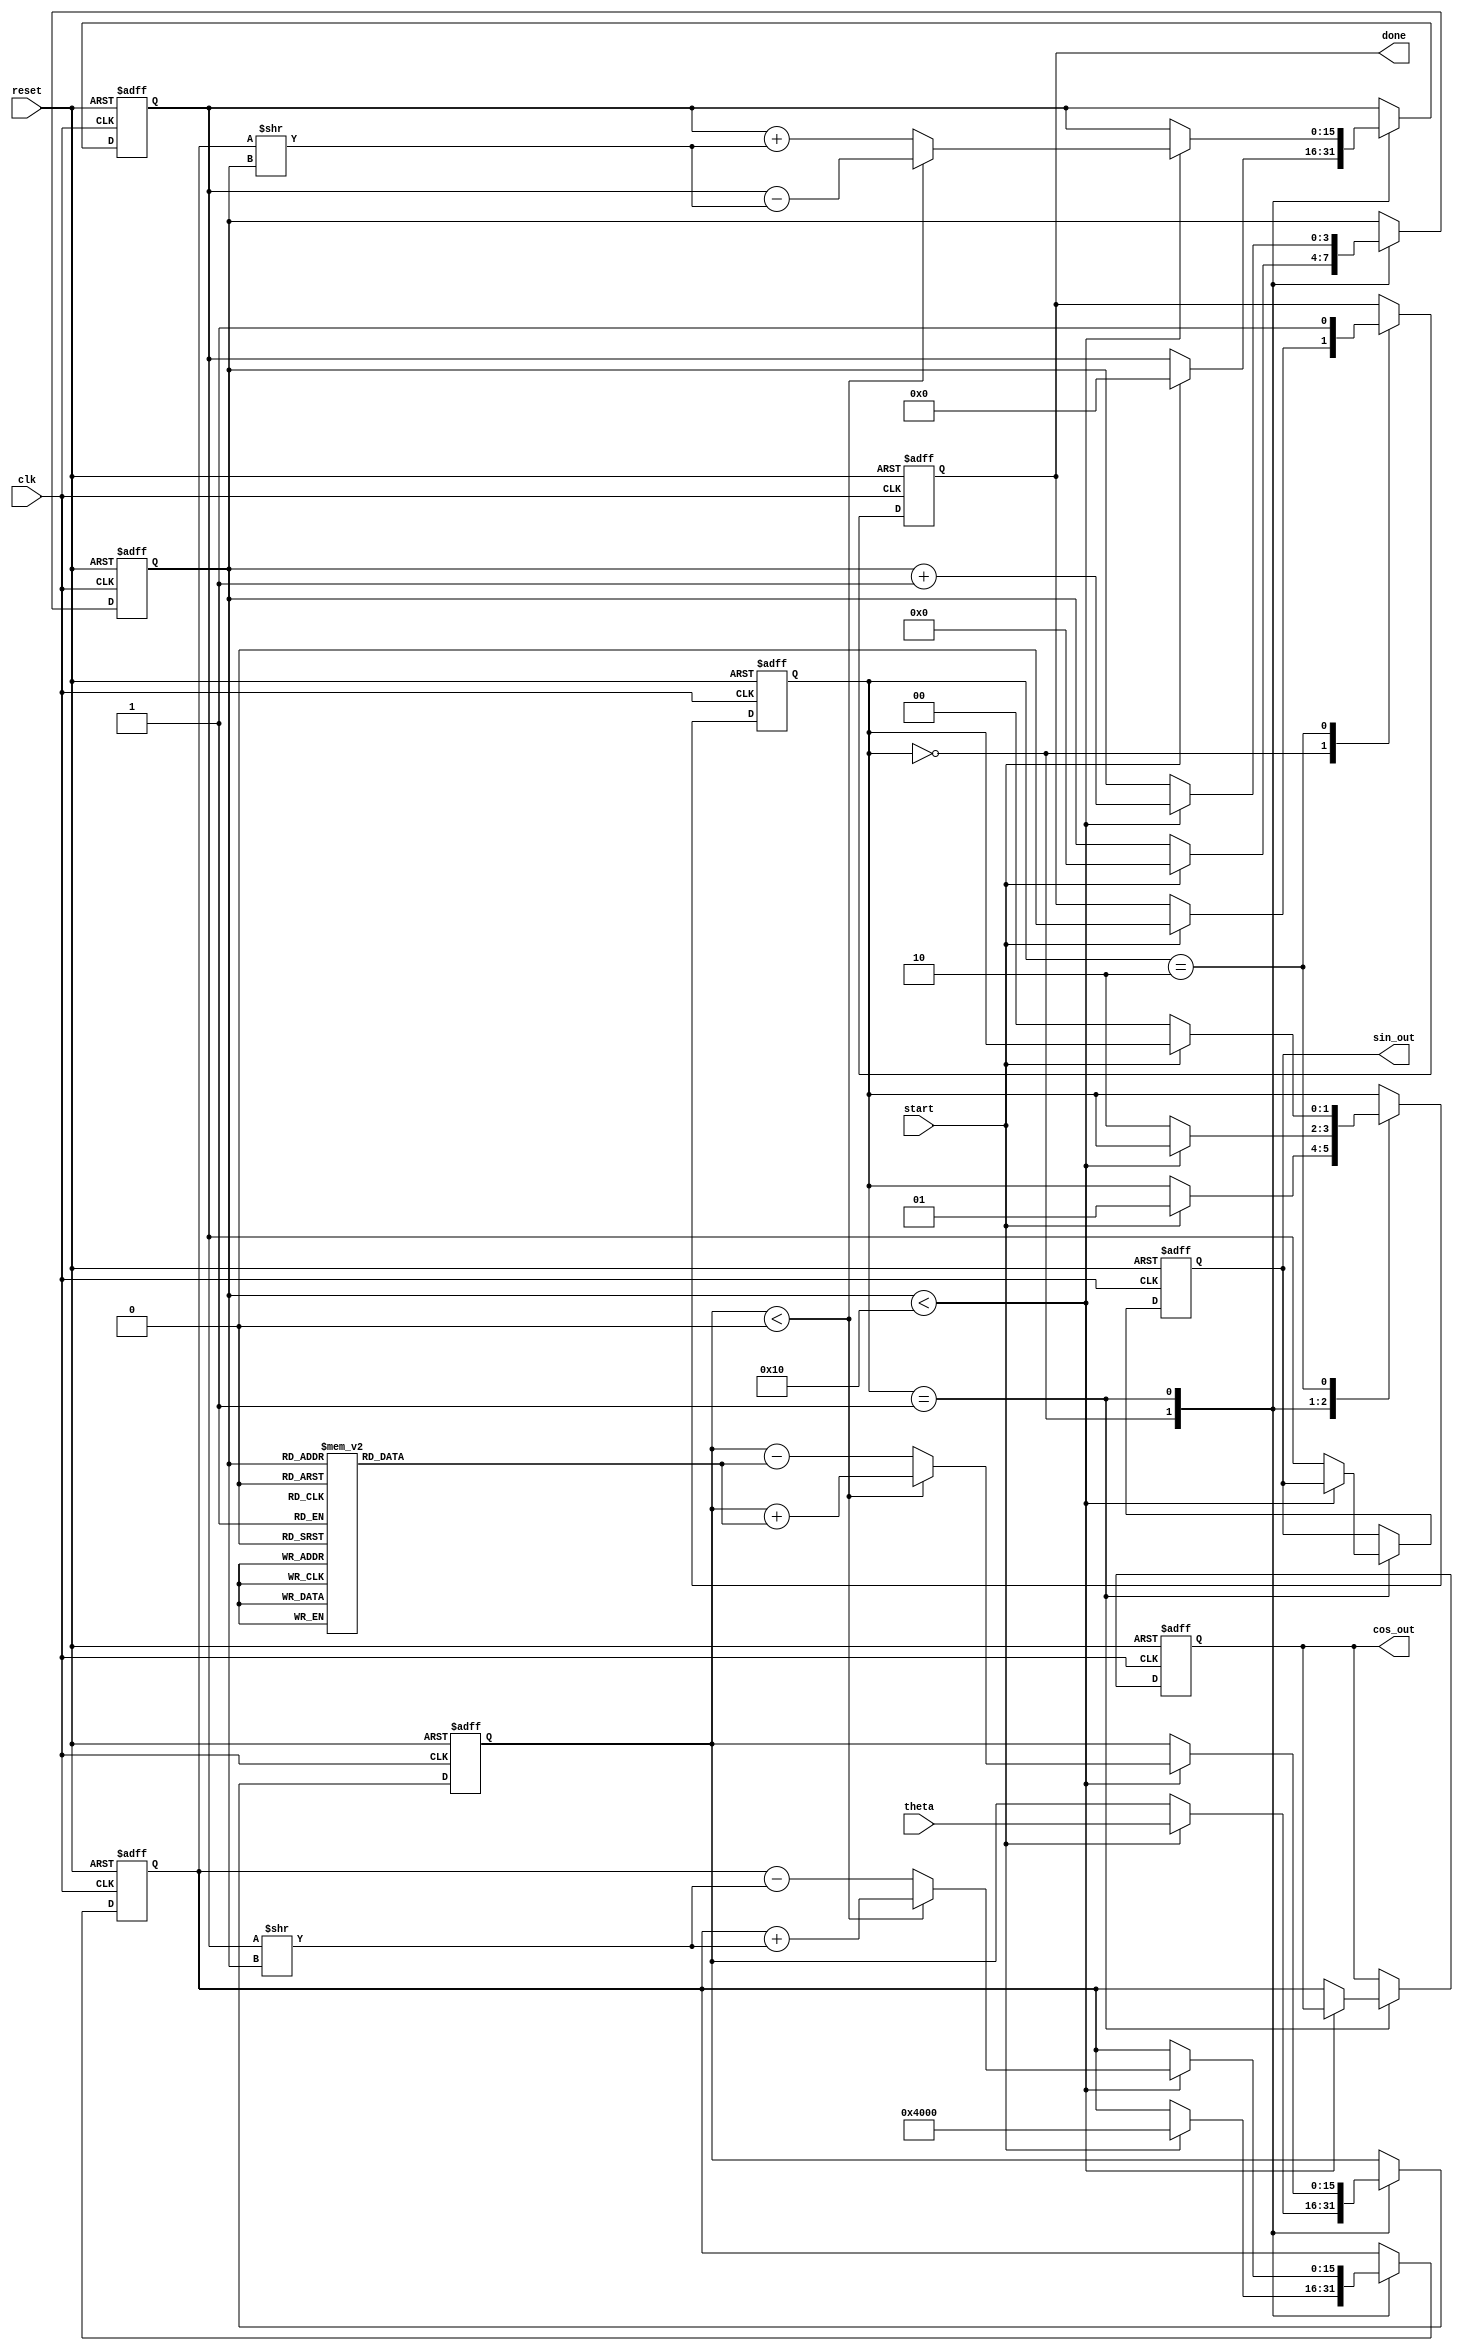
module cordic(
    input wire [15:0] theta,      // Input angle in fixed-point format
    input wire clk,                // Clock signal
    input wire reset,              // Asynchronous reset
    input wire start,              // Start signal
    output reg [15:0] sin_out,     // Sine output
    output reg [15:0] cos_out,     // Cosine output
    output reg done                // Done signal
);

    // Parameters
    parameter NUM_ITERATIONS = 16; // Number of iterations
    parameter FIXED_POINT_WIDTH = 16; // Fixed-point width for output

    // Angle lookup table (arctan(2^-i) values in fixed-point format)
    reg [15:0] atan_lut [0:NUM_ITERATIONS-1];
    initial begin
        atan_lut[0] = 16'h2000; // atan(1) in fixed-point
        atan_lut[1] = 16'h1000; // atan(0.5)
        atan_lut[2] = 16'h0800; // atan(0.25)
        atan_lut[3] = 16'h0400; // atan(0.125)
        atan_lut[4] = 16'h0200; // atan(0.0625)
        // ... initialize other values as needed
        // For example, atan_lut[5] to atan_lut[15]
    end

    // Internal registers
    reg [FIXED_POINT_WIDTH-1:0] x_reg;
    reg [FIXED_POINT_WIDTH-1:0] y_reg;
    reg [FIXED_POINT_WIDTH-1:0] angle_reg;
    reg [3:0] iteration_count; // 4 bits to count up to 16 iterations
    reg [1:0] state; // State: 0 = idle, 1 = computing, 2 = done

    // State encoding
    localparam IDLE = 2'b00;
    localparam COMPUTING = 2'b01;
    localparam DONE = 2'b10;

    // State machine and computation
    always @(posedge clk or posedge reset) begin
        if (reset) begin
            // Reset all registers
            x_reg <= 16'h4000; // Initial value for cos(theta)
            y_reg <= 16'h0000; // Initial value for sin(theta)
            angle_reg <= 0;
            iteration_count <= 0;
            state <= IDLE;
            done <= 0;
            sin_out <= 0;
            cos_out <= 0;
        end else begin
            case (state)
                IDLE: begin
                    if (start) begin
                        // Initialize registers
                        x_reg <= 16'h4000; // cos(theta) = 1 in fixed-point
                        y_reg <= 16'h0000; // sin(theta) = 0 in fixed-point
                        angle_reg <= theta; // Load input angle
                        iteration_count <= 0; // Reset iteration count
                        state <= COMPUTING;
                        done <= 0;
                    end
                end

                COMPUTING: begin
                    if (iteration_count < NUM_ITERATIONS) begin
                        // CORDIC rotation
                        if (angle_reg < 0) begin
                            x_reg <= x_reg + (y_reg >> iteration_count); // X(i+1) for angle < 0
                            y_reg <= y_reg - (x_reg >> iteration_count); // Y(i+1)
                            angle_reg <= angle_reg + atan_lut[iteration_count]; // Update angle
                        end else begin
                            x_reg <= x_reg - (y_reg >> iteration_count); // X(i+1) for angle >= 0
                            y_reg <= y_reg + (x_reg >> iteration_count); // Y(i+1)
                            angle_reg <= angle_reg - atan_lut[iteration_count]; // Update angle
                        end
                        iteration_count <= iteration_count + 1; // Increment iteration count
                    end else begin
                        // Finished computing
                        cos_out <= x_reg;
                        sin_out <= y_reg;
                        state <= DONE;
                    end
                end

                DONE: begin
                    done <= 1; // Assert done signal
                    if (!start) begin
                        state <= IDLE; // Go back to idle if start is low
                    end
                end
            endcase
        end
    end
endmodule